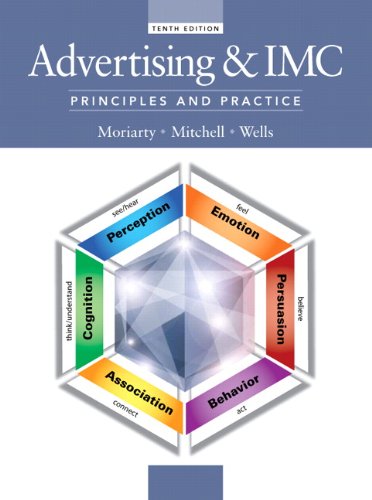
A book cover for Advertising & IMC: Principles and Practice, 10th Edition; Sandra Moriarty; Business & Money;